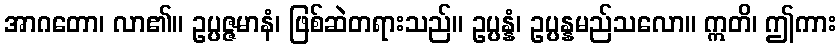
အာဂတော၊ လာ၏။ ဥပ္ပဇ္ဇမာနံ၊ ဖြစ်ဆဲတရားသည်။ ဥပ္ပန္နံ၊ ဥပ္ပန္နမည်သလော။ ဣတိ၊ ဤကား